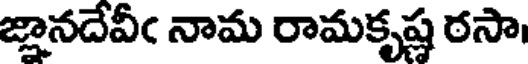
జ్ఞానదేవీఁ నామ రామకృష్ణ ఠసా